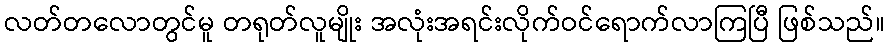
လတ်တလောတွင်မူ တရုတ်လူမျိုး အလုံးအရင်းလိုက်ဝင်ရောက်လာကြပြီ ဖြစ်သည်။